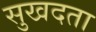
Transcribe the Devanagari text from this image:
सुखदता